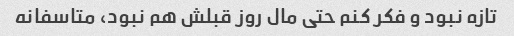
تازه نبود و فکر کنم حتی مال روز قبلش هم نبود، متاسفانه